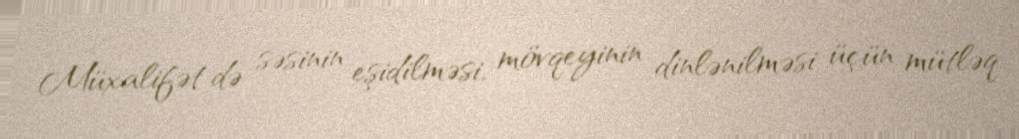
Müxalifət də səsinin eşidilməsi, mövqeyinin dinlənilməsi üçün mütləq